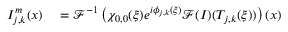
\begin{array} { r l } { I _ { j , k } ^ { m } ( \boldsymbol { x } ) } & { { } = \mathcal { F } ^ { - 1 } \left( \chi _ { 0 , 0 } ( \boldsymbol { \xi } ) e ^ { i \phi _ { j , k } ( \boldsymbol { \xi } ) } \mathcal { F } ( I ) ( T _ { j , k } ( \boldsymbol { \xi } ) ) \right) ( \boldsymbol { x } ) } \end{array}